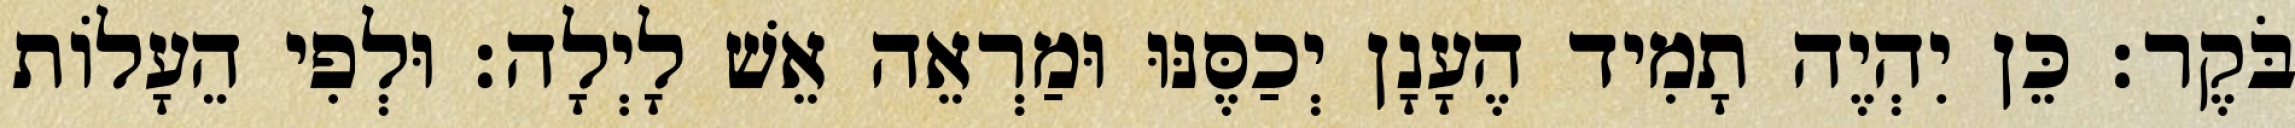
בֹּקֶר׃ כֵּן יִהְיֶה תָמִיד הֶעָנָן יְכַסֶּנּוּ וּמַרְאֵה אֵשׁ לָיְלָה׃ וּלְפִי הֵעָלוֹת